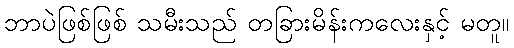
ဘာပဲဖြစ်ဖြစ် သမီးသည် တခြားမိန်းကလေးနှင့် မတူ။